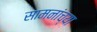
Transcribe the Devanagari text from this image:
सामनांच्या